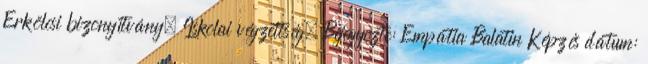
Erkölcsi bizonyítvány, Iskolai végzettség. Bejegyezte: Empátia Balatin Képzés dátum: